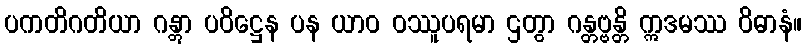
ပကတိဂတိယာ ဂန္တွာ ပဝိဋ္ဌေန ပန ယာဝ ဝဿူပရမာ ဌတွာ ဂန္တဗ္ဗန္တိ ဣဒမဿ ဝိဓာနံ။